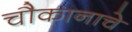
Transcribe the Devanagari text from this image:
चौकानाचे